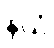
နယံ